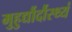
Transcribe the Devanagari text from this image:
मुहुर्द्यौर्दौस्थ्यं